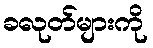
ခလုတ်များကို